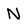
Character: N